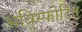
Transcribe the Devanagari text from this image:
अविस्फोटित